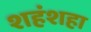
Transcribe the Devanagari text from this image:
शहंशहा